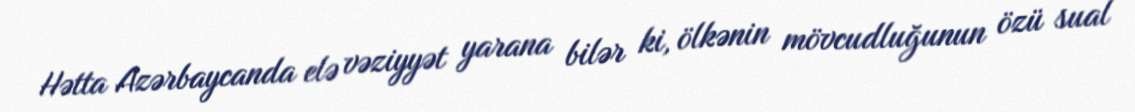
Hətta Azərbaycanda elə vəziyyət yarana bilər ki, ölkənin mövcudluğunun özü sual